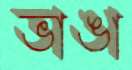
ভাঙা